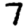
Digit: 7